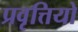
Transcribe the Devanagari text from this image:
प्रवृत्तियो